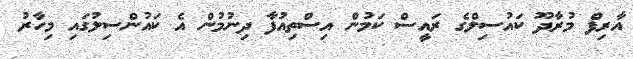
އާރިފް މުރާދޫ ކައުސިލްގެ ރައީސް ކަމުން އިސްތިއުފާ ދިނުމުން އެ ކައުންސިލުގައި މިހާރު